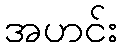
အဟင်း